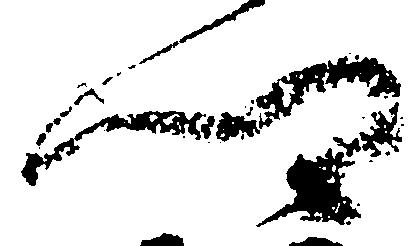
郷